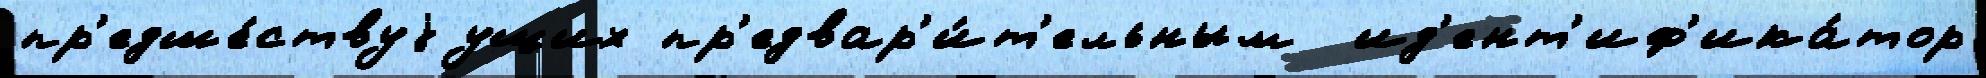
пр'едше́ствуjущих пр'едвар'и́т'ельным  ид'ент'иф'ика́тор